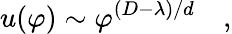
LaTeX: u(\varphi)\sim\varphi^{(D-\lambda)/d}\quad,